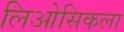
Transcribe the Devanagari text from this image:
लिओसिकला